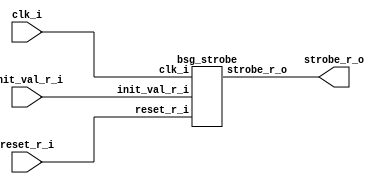


module top
(
  clk_i,
  reset_r_i,
  init_val_r_i,
  strobe_r_o
);

  input [63:0] init_val_r_i;
  input clk_i;
  input reset_r_i;
  output strobe_r_o;

  bsg_strobe
  wrapper
  (
    .init_val_r_i(init_val_r_i),
    .clk_i(clk_i),
    .reset_r_i(reset_r_i),
    .strobe_r_o(strobe_r_o)
  );


endmodule



module bsg_dff_width_p63_harden_p0_strength_p2
(
  clk_i,
  data_i,
  data_o
);

  input [62:0] data_i;
  output [62:0] data_o;
  input clk_i;
  reg [62:0] data_o;

  always @(posedge clk_i) begin
    if(1'b1) begin
      { data_o[62:0] } <= { data_i[62:0] };
    end 
  end


endmodule



module bsg_xnor_width_p64_harden_p1
(
  a_i,
  b_i,
  o
);

  input [63:0] a_i;
  input [63:0] b_i;
  output [63:0] o;
  wire [63:0] o;
  wire N0,N1,N2,N3,N4,N5,N6,N7,N8,N9,N10,N11,N12,N13,N14,N15,N16,N17,N18,N19,N20,N21,
  N22,N23,N24,N25,N26,N27,N28,N29,N30,N31,N32,N33,N34,N35,N36,N37,N38,N39,N40,N41,
  N42,N43,N44,N45,N46,N47,N48,N49,N50,N51,N52,N53,N54,N55,N56,N57,N58,N59,N60,N61,
  N62,N63;
  assign o[63] = ~N0;
  assign N0 = a_i[63] ^ b_i[63];
  assign o[62] = ~N1;
  assign N1 = a_i[62] ^ b_i[62];
  assign o[61] = ~N2;
  assign N2 = a_i[61] ^ b_i[61];
  assign o[60] = ~N3;
  assign N3 = a_i[60] ^ b_i[60];
  assign o[59] = ~N4;
  assign N4 = a_i[59] ^ b_i[59];
  assign o[58] = ~N5;
  assign N5 = a_i[58] ^ b_i[58];
  assign o[57] = ~N6;
  assign N6 = a_i[57] ^ b_i[57];
  assign o[56] = ~N7;
  assign N7 = a_i[56] ^ b_i[56];
  assign o[55] = ~N8;
  assign N8 = a_i[55] ^ b_i[55];
  assign o[54] = ~N9;
  assign N9 = a_i[54] ^ b_i[54];
  assign o[53] = ~N10;
  assign N10 = a_i[53] ^ b_i[53];
  assign o[52] = ~N11;
  assign N11 = a_i[52] ^ b_i[52];
  assign o[51] = ~N12;
  assign N12 = a_i[51] ^ b_i[51];
  assign o[50] = ~N13;
  assign N13 = a_i[50] ^ b_i[50];
  assign o[49] = ~N14;
  assign N14 = a_i[49] ^ b_i[49];
  assign o[48] = ~N15;
  assign N15 = a_i[48] ^ b_i[48];
  assign o[47] = ~N16;
  assign N16 = a_i[47] ^ b_i[47];
  assign o[46] = ~N17;
  assign N17 = a_i[46] ^ b_i[46];
  assign o[45] = ~N18;
  assign N18 = a_i[45] ^ b_i[45];
  assign o[44] = ~N19;
  assign N19 = a_i[44] ^ b_i[44];
  assign o[43] = ~N20;
  assign N20 = a_i[43] ^ b_i[43];
  assign o[42] = ~N21;
  assign N21 = a_i[42] ^ b_i[42];
  assign o[41] = ~N22;
  assign N22 = a_i[41] ^ b_i[41];
  assign o[40] = ~N23;
  assign N23 = a_i[40] ^ b_i[40];
  assign o[39] = ~N24;
  assign N24 = a_i[39] ^ b_i[39];
  assign o[38] = ~N25;
  assign N25 = a_i[38] ^ b_i[38];
  assign o[37] = ~N26;
  assign N26 = a_i[37] ^ b_i[37];
  assign o[36] = ~N27;
  assign N27 = a_i[36] ^ b_i[36];
  assign o[35] = ~N28;
  assign N28 = a_i[35] ^ b_i[35];
  assign o[34] = ~N29;
  assign N29 = a_i[34] ^ b_i[34];
  assign o[33] = ~N30;
  assign N30 = a_i[33] ^ b_i[33];
  assign o[32] = ~N31;
  assign N31 = a_i[32] ^ b_i[32];
  assign o[31] = ~N32;
  assign N32 = a_i[31] ^ b_i[31];
  assign o[30] = ~N33;
  assign N33 = a_i[30] ^ b_i[30];
  assign o[29] = ~N34;
  assign N34 = a_i[29] ^ b_i[29];
  assign o[28] = ~N35;
  assign N35 = a_i[28] ^ b_i[28];
  assign o[27] = ~N36;
  assign N36 = a_i[27] ^ b_i[27];
  assign o[26] = ~N37;
  assign N37 = a_i[26] ^ b_i[26];
  assign o[25] = ~N38;
  assign N38 = a_i[25] ^ b_i[25];
  assign o[24] = ~N39;
  assign N39 = a_i[24] ^ b_i[24];
  assign o[23] = ~N40;
  assign N40 = a_i[23] ^ b_i[23];
  assign o[22] = ~N41;
  assign N41 = a_i[22] ^ b_i[22];
  assign o[21] = ~N42;
  assign N42 = a_i[21] ^ b_i[21];
  assign o[20] = ~N43;
  assign N43 = a_i[20] ^ b_i[20];
  assign o[19] = ~N44;
  assign N44 = a_i[19] ^ b_i[19];
  assign o[18] = ~N45;
  assign N45 = a_i[18] ^ b_i[18];
  assign o[17] = ~N46;
  assign N46 = a_i[17] ^ b_i[17];
  assign o[16] = ~N47;
  assign N47 = a_i[16] ^ b_i[16];
  assign o[15] = ~N48;
  assign N48 = a_i[15] ^ b_i[15];
  assign o[14] = ~N49;
  assign N49 = a_i[14] ^ b_i[14];
  assign o[13] = ~N50;
  assign N50 = a_i[13] ^ b_i[13];
  assign o[12] = ~N51;
  assign N51 = a_i[12] ^ b_i[12];
  assign o[11] = ~N52;
  assign N52 = a_i[11] ^ b_i[11];
  assign o[10] = ~N53;
  assign N53 = a_i[10] ^ b_i[10];
  assign o[9] = ~N54;
  assign N54 = a_i[9] ^ b_i[9];
  assign o[8] = ~N55;
  assign N55 = a_i[8] ^ b_i[8];
  assign o[7] = ~N56;
  assign N56 = a_i[7] ^ b_i[7];
  assign o[6] = ~N57;
  assign N57 = a_i[6] ^ b_i[6];
  assign o[5] = ~N58;
  assign N58 = a_i[5] ^ b_i[5];
  assign o[4] = ~N59;
  assign N59 = a_i[4] ^ b_i[4];
  assign o[3] = ~N60;
  assign N60 = a_i[3] ^ b_i[3];
  assign o[2] = ~N61;
  assign N61 = a_i[2] ^ b_i[2];
  assign o[1] = ~N62;
  assign N62 = a_i[1] ^ b_i[1];
  assign o[0] = ~N63;
  assign N63 = a_i[0] ^ b_i[0];

endmodule



module bsg_muxi2_gatestack_width_p64_harden_p1
(
  i0,
  i1,
  i2,
  o
);

  input [63:0] i0;
  input [63:0] i1;
  input [63:0] i2;
  output [63:0] o;
  wire [63:0] o;
  wire N0,N1,N2,N3,N4,N5,N6,N7,N8,N9,N10,N11,N12,N13,N14,N15,N16,N17,N18,N19,N20,N21,
  N22,N23,N24,N25,N26,N27,N28,N29,N30,N31,N32,N33,N34,N35,N36,N37,N38,N39,N40,N41,
  N42,N43,N44,N45,N46,N47,N48,N49,N50,N51,N52,N53,N54,N55,N56,N57,N58,N59,N60,N61,
  N62,N63,N64,N65,N66,N67,N68,N69,N70,N71,N72,N73,N74,N75,N76,N77,N78,N79,N80,N81,
  N82,N83,N84,N85,N86,N87,N88,N89,N90,N91,N92,N93,N94,N95,N96,N97,N98,N99,N100,N101,
  N102,N103,N104,N105,N106,N107,N108,N109,N110,N111,N112,N113,N114,N115,N116,N117,
  N118,N119,N120,N121,N122,N123,N124,N125,N126,N127,N128,N129,N130,N131,N132,N133,
  N134,N135,N136,N137,N138,N139,N140,N141,N142,N143,N144,N145,N146,N147,N148,N149,
  N150,N151,N152,N153,N154,N155,N156,N157,N158,N159,N160,N161,N162,N163,N164,N165,
  N166,N167,N168,N169,N170,N171,N172,N173,N174,N175,N176,N177,N178,N179,N180,N181,
  N182,N183,N184,N185,N186,N187,N188,N189,N190,N191;
  assign N65 = (N0)? i1[0] : 
               (N64)? i0[0] : 1'b0;
  assign N0 = i2[0];
  assign N67 = (N1)? i1[1] : 
               (N66)? i0[1] : 1'b0;
  assign N1 = i2[1];
  assign N69 = (N2)? i1[2] : 
               (N68)? i0[2] : 1'b0;
  assign N2 = i2[2];
  assign N71 = (N3)? i1[3] : 
               (N70)? i0[3] : 1'b0;
  assign N3 = i2[3];
  assign N73 = (N4)? i1[4] : 
               (N72)? i0[4] : 1'b0;
  assign N4 = i2[4];
  assign N75 = (N5)? i1[5] : 
               (N74)? i0[5] : 1'b0;
  assign N5 = i2[5];
  assign N77 = (N6)? i1[6] : 
               (N76)? i0[6] : 1'b0;
  assign N6 = i2[6];
  assign N79 = (N7)? i1[7] : 
               (N78)? i0[7] : 1'b0;
  assign N7 = i2[7];
  assign N81 = (N8)? i1[8] : 
               (N80)? i0[8] : 1'b0;
  assign N8 = i2[8];
  assign N83 = (N9)? i1[9] : 
               (N82)? i0[9] : 1'b0;
  assign N9 = i2[9];
  assign N85 = (N10)? i1[10] : 
               (N84)? i0[10] : 1'b0;
  assign N10 = i2[10];
  assign N87 = (N11)? i1[11] : 
               (N86)? i0[11] : 1'b0;
  assign N11 = i2[11];
  assign N89 = (N12)? i1[12] : 
               (N88)? i0[12] : 1'b0;
  assign N12 = i2[12];
  assign N91 = (N13)? i1[13] : 
               (N90)? i0[13] : 1'b0;
  assign N13 = i2[13];
  assign N93 = (N14)? i1[14] : 
               (N92)? i0[14] : 1'b0;
  assign N14 = i2[14];
  assign N95 = (N15)? i1[15] : 
               (N94)? i0[15] : 1'b0;
  assign N15 = i2[15];
  assign N97 = (N16)? i1[16] : 
               (N96)? i0[16] : 1'b0;
  assign N16 = i2[16];
  assign N99 = (N17)? i1[17] : 
               (N98)? i0[17] : 1'b0;
  assign N17 = i2[17];
  assign N101 = (N18)? i1[18] : 
                (N100)? i0[18] : 1'b0;
  assign N18 = i2[18];
  assign N103 = (N19)? i1[19] : 
                (N102)? i0[19] : 1'b0;
  assign N19 = i2[19];
  assign N105 = (N20)? i1[20] : 
                (N104)? i0[20] : 1'b0;
  assign N20 = i2[20];
  assign N107 = (N21)? i1[21] : 
                (N106)? i0[21] : 1'b0;
  assign N21 = i2[21];
  assign N109 = (N22)? i1[22] : 
                (N108)? i0[22] : 1'b0;
  assign N22 = i2[22];
  assign N111 = (N23)? i1[23] : 
                (N110)? i0[23] : 1'b0;
  assign N23 = i2[23];
  assign N113 = (N24)? i1[24] : 
                (N112)? i0[24] : 1'b0;
  assign N24 = i2[24];
  assign N115 = (N25)? i1[25] : 
                (N114)? i0[25] : 1'b0;
  assign N25 = i2[25];
  assign N117 = (N26)? i1[26] : 
                (N116)? i0[26] : 1'b0;
  assign N26 = i2[26];
  assign N119 = (N27)? i1[27] : 
                (N118)? i0[27] : 1'b0;
  assign N27 = i2[27];
  assign N121 = (N28)? i1[28] : 
                (N120)? i0[28] : 1'b0;
  assign N28 = i2[28];
  assign N123 = (N29)? i1[29] : 
                (N122)? i0[29] : 1'b0;
  assign N29 = i2[29];
  assign N125 = (N30)? i1[30] : 
                (N124)? i0[30] : 1'b0;
  assign N30 = i2[30];
  assign N127 = (N31)? i1[31] : 
                (N126)? i0[31] : 1'b0;
  assign N31 = i2[31];
  assign N129 = (N32)? i1[32] : 
                (N128)? i0[32] : 1'b0;
  assign N32 = i2[32];
  assign N131 = (N33)? i1[33] : 
                (N130)? i0[33] : 1'b0;
  assign N33 = i2[33];
  assign N133 = (N34)? i1[34] : 
                (N132)? i0[34] : 1'b0;
  assign N34 = i2[34];
  assign N135 = (N35)? i1[35] : 
                (N134)? i0[35] : 1'b0;
  assign N35 = i2[35];
  assign N137 = (N36)? i1[36] : 
                (N136)? i0[36] : 1'b0;
  assign N36 = i2[36];
  assign N139 = (N37)? i1[37] : 
                (N138)? i0[37] : 1'b0;
  assign N37 = i2[37];
  assign N141 = (N38)? i1[38] : 
                (N140)? i0[38] : 1'b0;
  assign N38 = i2[38];
  assign N143 = (N39)? i1[39] : 
                (N142)? i0[39] : 1'b0;
  assign N39 = i2[39];
  assign N145 = (N40)? i1[40] : 
                (N144)? i0[40] : 1'b0;
  assign N40 = i2[40];
  assign N147 = (N41)? i1[41] : 
                (N146)? i0[41] : 1'b0;
  assign N41 = i2[41];
  assign N149 = (N42)? i1[42] : 
                (N148)? i0[42] : 1'b0;
  assign N42 = i2[42];
  assign N151 = (N43)? i1[43] : 
                (N150)? i0[43] : 1'b0;
  assign N43 = i2[43];
  assign N153 = (N44)? i1[44] : 
                (N152)? i0[44] : 1'b0;
  assign N44 = i2[44];
  assign N155 = (N45)? i1[45] : 
                (N154)? i0[45] : 1'b0;
  assign N45 = i2[45];
  assign N157 = (N46)? i1[46] : 
                (N156)? i0[46] : 1'b0;
  assign N46 = i2[46];
  assign N159 = (N47)? i1[47] : 
                (N158)? i0[47] : 1'b0;
  assign N47 = i2[47];
  assign N161 = (N48)? i1[48] : 
                (N160)? i0[48] : 1'b0;
  assign N48 = i2[48];
  assign N163 = (N49)? i1[49] : 
                (N162)? i0[49] : 1'b0;
  assign N49 = i2[49];
  assign N165 = (N50)? i1[50] : 
                (N164)? i0[50] : 1'b0;
  assign N50 = i2[50];
  assign N167 = (N51)? i1[51] : 
                (N166)? i0[51] : 1'b0;
  assign N51 = i2[51];
  assign N169 = (N52)? i1[52] : 
                (N168)? i0[52] : 1'b0;
  assign N52 = i2[52];
  assign N171 = (N53)? i1[53] : 
                (N170)? i0[53] : 1'b0;
  assign N53 = i2[53];
  assign N173 = (N54)? i1[54] : 
                (N172)? i0[54] : 1'b0;
  assign N54 = i2[54];
  assign N175 = (N55)? i1[55] : 
                (N174)? i0[55] : 1'b0;
  assign N55 = i2[55];
  assign N177 = (N56)? i1[56] : 
                (N176)? i0[56] : 1'b0;
  assign N56 = i2[56];
  assign N179 = (N57)? i1[57] : 
                (N178)? i0[57] : 1'b0;
  assign N57 = i2[57];
  assign N181 = (N58)? i1[58] : 
                (N180)? i0[58] : 1'b0;
  assign N58 = i2[58];
  assign N183 = (N59)? i1[59] : 
                (N182)? i0[59] : 1'b0;
  assign N59 = i2[59];
  assign N185 = (N60)? i1[60] : 
                (N184)? i0[60] : 1'b0;
  assign N60 = i2[60];
  assign N187 = (N61)? i1[61] : 
                (N186)? i0[61] : 1'b0;
  assign N61 = i2[61];
  assign N189 = (N62)? i1[62] : 
                (N188)? i0[62] : 1'b0;
  assign N62 = i2[62];
  assign N191 = (N63)? i1[63] : 
                (N190)? i0[63] : 1'b0;
  assign N63 = i2[63];
  assign N64 = ~i2[0];
  assign o[0] = ~N65;
  assign N66 = ~i2[1];
  assign o[1] = ~N67;
  assign N68 = ~i2[2];
  assign o[2] = ~N69;
  assign N70 = ~i2[3];
  assign o[3] = ~N71;
  assign N72 = ~i2[4];
  assign o[4] = ~N73;
  assign N74 = ~i2[5];
  assign o[5] = ~N75;
  assign N76 = ~i2[6];
  assign o[6] = ~N77;
  assign N78 = ~i2[7];
  assign o[7] = ~N79;
  assign N80 = ~i2[8];
  assign o[8] = ~N81;
  assign N82 = ~i2[9];
  assign o[9] = ~N83;
  assign N84 = ~i2[10];
  assign o[10] = ~N85;
  assign N86 = ~i2[11];
  assign o[11] = ~N87;
  assign N88 = ~i2[12];
  assign o[12] = ~N89;
  assign N90 = ~i2[13];
  assign o[13] = ~N91;
  assign N92 = ~i2[14];
  assign o[14] = ~N93;
  assign N94 = ~i2[15];
  assign o[15] = ~N95;
  assign N96 = ~i2[16];
  assign o[16] = ~N97;
  assign N98 = ~i2[17];
  assign o[17] = ~N99;
  assign N100 = ~i2[18];
  assign o[18] = ~N101;
  assign N102 = ~i2[19];
  assign o[19] = ~N103;
  assign N104 = ~i2[20];
  assign o[20] = ~N105;
  assign N106 = ~i2[21];
  assign o[21] = ~N107;
  assign N108 = ~i2[22];
  assign o[22] = ~N109;
  assign N110 = ~i2[23];
  assign o[23] = ~N111;
  assign N112 = ~i2[24];
  assign o[24] = ~N113;
  assign N114 = ~i2[25];
  assign o[25] = ~N115;
  assign N116 = ~i2[26];
  assign o[26] = ~N117;
  assign N118 = ~i2[27];
  assign o[27] = ~N119;
  assign N120 = ~i2[28];
  assign o[28] = ~N121;
  assign N122 = ~i2[29];
  assign o[29] = ~N123;
  assign N124 = ~i2[30];
  assign o[30] = ~N125;
  assign N126 = ~i2[31];
  assign o[31] = ~N127;
  assign N128 = ~i2[32];
  assign o[32] = ~N129;
  assign N130 = ~i2[33];
  assign o[33] = ~N131;
  assign N132 = ~i2[34];
  assign o[34] = ~N133;
  assign N134 = ~i2[35];
  assign o[35] = ~N135;
  assign N136 = ~i2[36];
  assign o[36] = ~N137;
  assign N138 = ~i2[37];
  assign o[37] = ~N139;
  assign N140 = ~i2[38];
  assign o[38] = ~N141;
  assign N142 = ~i2[39];
  assign o[39] = ~N143;
  assign N144 = ~i2[40];
  assign o[40] = ~N145;
  assign N146 = ~i2[41];
  assign o[41] = ~N147;
  assign N148 = ~i2[42];
  assign o[42] = ~N149;
  assign N150 = ~i2[43];
  assign o[43] = ~N151;
  assign N152 = ~i2[44];
  assign o[44] = ~N153;
  assign N154 = ~i2[45];
  assign o[45] = ~N155;
  assign N156 = ~i2[46];
  assign o[46] = ~N157;
  assign N158 = ~i2[47];
  assign o[47] = ~N159;
  assign N160 = ~i2[48];
  assign o[48] = ~N161;
  assign N162 = ~i2[49];
  assign o[49] = ~N163;
  assign N164 = ~i2[50];
  assign o[50] = ~N165;
  assign N166 = ~i2[51];
  assign o[51] = ~N167;
  assign N168 = ~i2[52];
  assign o[52] = ~N169;
  assign N170 = ~i2[53];
  assign o[53] = ~N171;
  assign N172 = ~i2[54];
  assign o[54] = ~N173;
  assign N174 = ~i2[55];
  assign o[55] = ~N175;
  assign N176 = ~i2[56];
  assign o[56] = ~N177;
  assign N178 = ~i2[57];
  assign o[57] = ~N179;
  assign N180 = ~i2[58];
  assign o[58] = ~N181;
  assign N182 = ~i2[59];
  assign o[59] = ~N183;
  assign N184 = ~i2[60];
  assign o[60] = ~N185;
  assign N186 = ~i2[61];
  assign o[61] = ~N187;
  assign N188 = ~i2[62];
  assign o[62] = ~N189;
  assign N190 = ~i2[63];
  assign o[63] = ~N191;

endmodule



module bsg_dff_width_p64_harden_p0_strength_p4
(
  clk_i,
  data_i,
  data_o
);

  input [63:0] data_i;
  output [63:0] data_o;
  input clk_i;
  reg [63:0] data_o;

  always @(posedge clk_i) begin
    if(1'b1) begin
      { data_o[63:0] } <= { data_i[63:0] };
    end 
  end


endmodule



module bsg_nand_width_p64_harden_p1
(
  a_i,
  b_i,
  o
);

  input [63:0] a_i;
  input [63:0] b_i;
  output [63:0] o;
  wire [63:0] o;
  wire N0,N1,N2,N3,N4,N5,N6,N7,N8,N9,N10,N11,N12,N13,N14,N15,N16,N17,N18,N19,N20,N21,
  N22,N23,N24,N25,N26,N27,N28,N29,N30,N31,N32,N33,N34,N35,N36,N37,N38,N39,N40,N41,
  N42,N43,N44,N45,N46,N47,N48,N49,N50,N51,N52,N53,N54,N55,N56,N57,N58,N59,N60,N61,
  N62,N63;
  assign o[63] = ~N0;
  assign N0 = a_i[63] & b_i[63];
  assign o[62] = ~N1;
  assign N1 = a_i[62] & b_i[62];
  assign o[61] = ~N2;
  assign N2 = a_i[61] & b_i[61];
  assign o[60] = ~N3;
  assign N3 = a_i[60] & b_i[60];
  assign o[59] = ~N4;
  assign N4 = a_i[59] & b_i[59];
  assign o[58] = ~N5;
  assign N5 = a_i[58] & b_i[58];
  assign o[57] = ~N6;
  assign N6 = a_i[57] & b_i[57];
  assign o[56] = ~N7;
  assign N7 = a_i[56] & b_i[56];
  assign o[55] = ~N8;
  assign N8 = a_i[55] & b_i[55];
  assign o[54] = ~N9;
  assign N9 = a_i[54] & b_i[54];
  assign o[53] = ~N10;
  assign N10 = a_i[53] & b_i[53];
  assign o[52] = ~N11;
  assign N11 = a_i[52] & b_i[52];
  assign o[51] = ~N12;
  assign N12 = a_i[51] & b_i[51];
  assign o[50] = ~N13;
  assign N13 = a_i[50] & b_i[50];
  assign o[49] = ~N14;
  assign N14 = a_i[49] & b_i[49];
  assign o[48] = ~N15;
  assign N15 = a_i[48] & b_i[48];
  assign o[47] = ~N16;
  assign N16 = a_i[47] & b_i[47];
  assign o[46] = ~N17;
  assign N17 = a_i[46] & b_i[46];
  assign o[45] = ~N18;
  assign N18 = a_i[45] & b_i[45];
  assign o[44] = ~N19;
  assign N19 = a_i[44] & b_i[44];
  assign o[43] = ~N20;
  assign N20 = a_i[43] & b_i[43];
  assign o[42] = ~N21;
  assign N21 = a_i[42] & b_i[42];
  assign o[41] = ~N22;
  assign N22 = a_i[41] & b_i[41];
  assign o[40] = ~N23;
  assign N23 = a_i[40] & b_i[40];
  assign o[39] = ~N24;
  assign N24 = a_i[39] & b_i[39];
  assign o[38] = ~N25;
  assign N25 = a_i[38] & b_i[38];
  assign o[37] = ~N26;
  assign N26 = a_i[37] & b_i[37];
  assign o[36] = ~N27;
  assign N27 = a_i[36] & b_i[36];
  assign o[35] = ~N28;
  assign N28 = a_i[35] & b_i[35];
  assign o[34] = ~N29;
  assign N29 = a_i[34] & b_i[34];
  assign o[33] = ~N30;
  assign N30 = a_i[33] & b_i[33];
  assign o[32] = ~N31;
  assign N31 = a_i[32] & b_i[32];
  assign o[31] = ~N32;
  assign N32 = a_i[31] & b_i[31];
  assign o[30] = ~N33;
  assign N33 = a_i[30] & b_i[30];
  assign o[29] = ~N34;
  assign N34 = a_i[29] & b_i[29];
  assign o[28] = ~N35;
  assign N35 = a_i[28] & b_i[28];
  assign o[27] = ~N36;
  assign N36 = a_i[27] & b_i[27];
  assign o[26] = ~N37;
  assign N37 = a_i[26] & b_i[26];
  assign o[25] = ~N38;
  assign N38 = a_i[25] & b_i[25];
  assign o[24] = ~N39;
  assign N39 = a_i[24] & b_i[24];
  assign o[23] = ~N40;
  assign N40 = a_i[23] & b_i[23];
  assign o[22] = ~N41;
  assign N41 = a_i[22] & b_i[22];
  assign o[21] = ~N42;
  assign N42 = a_i[21] & b_i[21];
  assign o[20] = ~N43;
  assign N43 = a_i[20] & b_i[20];
  assign o[19] = ~N44;
  assign N44 = a_i[19] & b_i[19];
  assign o[18] = ~N45;
  assign N45 = a_i[18] & b_i[18];
  assign o[17] = ~N46;
  assign N46 = a_i[17] & b_i[17];
  assign o[16] = ~N47;
  assign N47 = a_i[16] & b_i[16];
  assign o[15] = ~N48;
  assign N48 = a_i[15] & b_i[15];
  assign o[14] = ~N49;
  assign N49 = a_i[14] & b_i[14];
  assign o[13] = ~N50;
  assign N50 = a_i[13] & b_i[13];
  assign o[12] = ~N51;
  assign N51 = a_i[12] & b_i[12];
  assign o[11] = ~N52;
  assign N52 = a_i[11] & b_i[11];
  assign o[10] = ~N53;
  assign N53 = a_i[10] & b_i[10];
  assign o[9] = ~N54;
  assign N54 = a_i[9] & b_i[9];
  assign o[8] = ~N55;
  assign N55 = a_i[8] & b_i[8];
  assign o[7] = ~N56;
  assign N56 = a_i[7] & b_i[7];
  assign o[6] = ~N57;
  assign N57 = a_i[6] & b_i[6];
  assign o[5] = ~N58;
  assign N58 = a_i[5] & b_i[5];
  assign o[4] = ~N59;
  assign N59 = a_i[4] & b_i[4];
  assign o[3] = ~N60;
  assign N60 = a_i[3] & b_i[3];
  assign o[2] = ~N61;
  assign N61 = a_i[2] & b_i[2];
  assign o[1] = ~N62;
  assign N62 = a_i[1] & b_i[1];
  assign o[0] = ~N63;
  assign N63 = a_i[0] & b_i[0];

endmodule



module bsg_nor3_width_p63_harden_p1
(
  a_i,
  b_i,
  c_i,
  o
);

  input [62:0] a_i;
  input [62:0] b_i;
  input [62:0] c_i;
  output [62:0] o;
  wire [62:0] o;
  wire N0,N1,N2,N3,N4,N5,N6,N7,N8,N9,N10,N11,N12,N13,N14,N15,N16,N17,N18,N19,N20,N21,
  N22,N23,N24,N25,N26,N27,N28,N29,N30,N31,N32,N33,N34,N35,N36,N37,N38,N39,N40,N41,
  N42,N43,N44,N45,N46,N47,N48,N49,N50,N51,N52,N53,N54,N55,N56,N57,N58,N59,N60,N61,
  N62,N63,N64,N65,N66,N67,N68,N69,N70,N71,N72,N73,N74,N75,N76,N77,N78,N79,N80,N81,
  N82,N83,N84,N85,N86,N87,N88,N89,N90,N91,N92,N93,N94,N95,N96,N97,N98,N99,N100,N101,
  N102,N103,N104,N105,N106,N107,N108,N109,N110,N111,N112,N113,N114,N115,N116,N117,
  N118,N119,N120,N121,N122,N123,N124,N125;
  assign o[62] = ~N1;
  assign N1 = N0 | c_i[62];
  assign N0 = a_i[62] | b_i[62];
  assign o[61] = ~N3;
  assign N3 = N2 | c_i[61];
  assign N2 = a_i[61] | b_i[61];
  assign o[60] = ~N5;
  assign N5 = N4 | c_i[60];
  assign N4 = a_i[60] | b_i[60];
  assign o[59] = ~N7;
  assign N7 = N6 | c_i[59];
  assign N6 = a_i[59] | b_i[59];
  assign o[58] = ~N9;
  assign N9 = N8 | c_i[58];
  assign N8 = a_i[58] | b_i[58];
  assign o[57] = ~N11;
  assign N11 = N10 | c_i[57];
  assign N10 = a_i[57] | b_i[57];
  assign o[56] = ~N13;
  assign N13 = N12 | c_i[56];
  assign N12 = a_i[56] | b_i[56];
  assign o[55] = ~N15;
  assign N15 = N14 | c_i[55];
  assign N14 = a_i[55] | b_i[55];
  assign o[54] = ~N17;
  assign N17 = N16 | c_i[54];
  assign N16 = a_i[54] | b_i[54];
  assign o[53] = ~N19;
  assign N19 = N18 | c_i[53];
  assign N18 = a_i[53] | b_i[53];
  assign o[52] = ~N21;
  assign N21 = N20 | c_i[52];
  assign N20 = a_i[52] | b_i[52];
  assign o[51] = ~N23;
  assign N23 = N22 | c_i[51];
  assign N22 = a_i[51] | b_i[51];
  assign o[50] = ~N25;
  assign N25 = N24 | c_i[50];
  assign N24 = a_i[50] | b_i[50];
  assign o[49] = ~N27;
  assign N27 = N26 | c_i[49];
  assign N26 = a_i[49] | b_i[49];
  assign o[48] = ~N29;
  assign N29 = N28 | c_i[48];
  assign N28 = a_i[48] | b_i[48];
  assign o[47] = ~N31;
  assign N31 = N30 | c_i[47];
  assign N30 = a_i[47] | b_i[47];
  assign o[46] = ~N33;
  assign N33 = N32 | c_i[46];
  assign N32 = a_i[46] | b_i[46];
  assign o[45] = ~N35;
  assign N35 = N34 | c_i[45];
  assign N34 = a_i[45] | b_i[45];
  assign o[44] = ~N37;
  assign N37 = N36 | c_i[44];
  assign N36 = a_i[44] | b_i[44];
  assign o[43] = ~N39;
  assign N39 = N38 | c_i[43];
  assign N38 = a_i[43] | b_i[43];
  assign o[42] = ~N41;
  assign N41 = N40 | c_i[42];
  assign N40 = a_i[42] | b_i[42];
  assign o[41] = ~N43;
  assign N43 = N42 | c_i[41];
  assign N42 = a_i[41] | b_i[41];
  assign o[40] = ~N45;
  assign N45 = N44 | c_i[40];
  assign N44 = a_i[40] | b_i[40];
  assign o[39] = ~N47;
  assign N47 = N46 | c_i[39];
  assign N46 = a_i[39] | b_i[39];
  assign o[38] = ~N49;
  assign N49 = N48 | c_i[38];
  assign N48 = a_i[38] | b_i[38];
  assign o[37] = ~N51;
  assign N51 = N50 | c_i[37];
  assign N50 = a_i[37] | b_i[37];
  assign o[36] = ~N53;
  assign N53 = N52 | c_i[36];
  assign N52 = a_i[36] | b_i[36];
  assign o[35] = ~N55;
  assign N55 = N54 | c_i[35];
  assign N54 = a_i[35] | b_i[35];
  assign o[34] = ~N57;
  assign N57 = N56 | c_i[34];
  assign N56 = a_i[34] | b_i[34];
  assign o[33] = ~N59;
  assign N59 = N58 | c_i[33];
  assign N58 = a_i[33] | b_i[33];
  assign o[32] = ~N61;
  assign N61 = N60 | c_i[32];
  assign N60 = a_i[32] | b_i[32];
  assign o[31] = ~N63;
  assign N63 = N62 | c_i[31];
  assign N62 = a_i[31] | b_i[31];
  assign o[30] = ~N65;
  assign N65 = N64 | c_i[30];
  assign N64 = a_i[30] | b_i[30];
  assign o[29] = ~N67;
  assign N67 = N66 | c_i[29];
  assign N66 = a_i[29] | b_i[29];
  assign o[28] = ~N69;
  assign N69 = N68 | c_i[28];
  assign N68 = a_i[28] | b_i[28];
  assign o[27] = ~N71;
  assign N71 = N70 | c_i[27];
  assign N70 = a_i[27] | b_i[27];
  assign o[26] = ~N73;
  assign N73 = N72 | c_i[26];
  assign N72 = a_i[26] | b_i[26];
  assign o[25] = ~N75;
  assign N75 = N74 | c_i[25];
  assign N74 = a_i[25] | b_i[25];
  assign o[24] = ~N77;
  assign N77 = N76 | c_i[24];
  assign N76 = a_i[24] | b_i[24];
  assign o[23] = ~N79;
  assign N79 = N78 | c_i[23];
  assign N78 = a_i[23] | b_i[23];
  assign o[22] = ~N81;
  assign N81 = N80 | c_i[22];
  assign N80 = a_i[22] | b_i[22];
  assign o[21] = ~N83;
  assign N83 = N82 | c_i[21];
  assign N82 = a_i[21] | b_i[21];
  assign o[20] = ~N85;
  assign N85 = N84 | c_i[20];
  assign N84 = a_i[20] | b_i[20];
  assign o[19] = ~N87;
  assign N87 = N86 | c_i[19];
  assign N86 = a_i[19] | b_i[19];
  assign o[18] = ~N89;
  assign N89 = N88 | c_i[18];
  assign N88 = a_i[18] | b_i[18];
  assign o[17] = ~N91;
  assign N91 = N90 | c_i[17];
  assign N90 = a_i[17] | b_i[17];
  assign o[16] = ~N93;
  assign N93 = N92 | c_i[16];
  assign N92 = a_i[16] | b_i[16];
  assign o[15] = ~N95;
  assign N95 = N94 | c_i[15];
  assign N94 = a_i[15] | b_i[15];
  assign o[14] = ~N97;
  assign N97 = N96 | c_i[14];
  assign N96 = a_i[14] | b_i[14];
  assign o[13] = ~N99;
  assign N99 = N98 | c_i[13];
  assign N98 = a_i[13] | b_i[13];
  assign o[12] = ~N101;
  assign N101 = N100 | c_i[12];
  assign N100 = a_i[12] | b_i[12];
  assign o[11] = ~N103;
  assign N103 = N102 | c_i[11];
  assign N102 = a_i[11] | b_i[11];
  assign o[10] = ~N105;
  assign N105 = N104 | c_i[10];
  assign N104 = a_i[10] | b_i[10];
  assign o[9] = ~N107;
  assign N107 = N106 | c_i[9];
  assign N106 = a_i[9] | b_i[9];
  assign o[8] = ~N109;
  assign N109 = N108 | c_i[8];
  assign N108 = a_i[8] | b_i[8];
  assign o[7] = ~N111;
  assign N111 = N110 | c_i[7];
  assign N110 = a_i[7] | b_i[7];
  assign o[6] = ~N113;
  assign N113 = N112 | c_i[6];
  assign N112 = a_i[6] | b_i[6];
  assign o[5] = ~N115;
  assign N115 = N114 | c_i[5];
  assign N114 = a_i[5] | b_i[5];
  assign o[4] = ~N117;
  assign N117 = N116 | c_i[4];
  assign N116 = a_i[4] | b_i[4];
  assign o[3] = ~N119;
  assign N119 = N118 | c_i[3];
  assign N118 = a_i[3] | b_i[3];
  assign o[2] = ~N121;
  assign N121 = N120 | c_i[2];
  assign N120 = a_i[2] | b_i[2];
  assign o[1] = ~N123;
  assign N123 = N122 | c_i[1];
  assign N122 = a_i[1] | b_i[1];
  assign o[0] = ~N125;
  assign N125 = N124 | c_i[0];
  assign N124 = a_i[0] | b_i[0];

endmodule



module bsg_reduce_width_p64_and_p1_harden_p1
(
  i,
  o
);

  input [63:0] i;
  output o;
  wire o,N0,N1,N2,N3,N4,N5,N6,N7,N8,N9,N10,N11,N12,N13,N14,N15,N16,N17,N18,N19,N20,N21,
  N22,N23,N24,N25,N26,N27,N28,N29,N30,N31,N32,N33,N34,N35,N36,N37,N38,N39,N40,N41,
  N42,N43,N44,N45,N46,N47,N48,N49,N50,N51,N52,N53,N54,N55,N56,N57,N58,N59,N60,N61;
  assign o = N61 & i[0];
  assign N61 = N60 & i[1];
  assign N60 = N59 & i[2];
  assign N59 = N58 & i[3];
  assign N58 = N57 & i[4];
  assign N57 = N56 & i[5];
  assign N56 = N55 & i[6];
  assign N55 = N54 & i[7];
  assign N54 = N53 & i[8];
  assign N53 = N52 & i[9];
  assign N52 = N51 & i[10];
  assign N51 = N50 & i[11];
  assign N50 = N49 & i[12];
  assign N49 = N48 & i[13];
  assign N48 = N47 & i[14];
  assign N47 = N46 & i[15];
  assign N46 = N45 & i[16];
  assign N45 = N44 & i[17];
  assign N44 = N43 & i[18];
  assign N43 = N42 & i[19];
  assign N42 = N41 & i[20];
  assign N41 = N40 & i[21];
  assign N40 = N39 & i[22];
  assign N39 = N38 & i[23];
  assign N38 = N37 & i[24];
  assign N37 = N36 & i[25];
  assign N36 = N35 & i[26];
  assign N35 = N34 & i[27];
  assign N34 = N33 & i[28];
  assign N33 = N32 & i[29];
  assign N32 = N31 & i[30];
  assign N31 = N30 & i[31];
  assign N30 = N29 & i[32];
  assign N29 = N28 & i[33];
  assign N28 = N27 & i[34];
  assign N27 = N26 & i[35];
  assign N26 = N25 & i[36];
  assign N25 = N24 & i[37];
  assign N24 = N23 & i[38];
  assign N23 = N22 & i[39];
  assign N22 = N21 & i[40];
  assign N21 = N20 & i[41];
  assign N20 = N19 & i[42];
  assign N19 = N18 & i[43];
  assign N18 = N17 & i[44];
  assign N17 = N16 & i[45];
  assign N16 = N15 & i[46];
  assign N15 = N14 & i[47];
  assign N14 = N13 & i[48];
  assign N13 = N12 & i[49];
  assign N12 = N11 & i[50];
  assign N11 = N10 & i[51];
  assign N10 = N9 & i[52];
  assign N9 = N8 & i[53];
  assign N8 = N7 & i[54];
  assign N7 = N6 & i[55];
  assign N6 = N5 & i[56];
  assign N5 = N4 & i[57];
  assign N4 = N3 & i[58];
  assign N3 = N2 & i[59];
  assign N2 = N1 & i[60];
  assign N1 = N0 & i[61];
  assign N0 = i[63] & i[62];

endmodule



module bsg_buf_width_p1
(
  i,
  o
);

  input [0:0] i;
  output [0:0] o;
  wire [0:0] o;
  assign o[0] = i[0];

endmodule



module bsg_strobe
(
  clk_i,
  reset_r_i,
  init_val_r_i,
  strobe_r_o
);

  input [63:0] init_val_r_i;
  input clk_i;
  input reset_r_i;
  output strobe_r_o;
  wire strobe_n,new_val,strobe_n_buf;
  wire [62:0] C_n,C_r;
  wire [63:0] S_r,S_n,S_n_n,C_n_prereset;
  reg strobe_r_o;

  bsg_dff_width_p63_harden_p0_strength_p2
  C_reg
  (
    .clk_i(clk_i),
    .data_i(C_n),
    .data_o(C_r)
  );


  bsg_xnor_width_p64_harden_p1
  xnor_S_n
  (
    .a_i(S_r),
    .b_i({ C_r, 1'b1 }),
    .o(S_n)
  );


  bsg_muxi2_gatestack_width_p64_harden_p1
  muxi2_S_n
  (
    .i0(S_n),
    .i1(init_val_r_i),
    .i2({ new_val, new_val, new_val, new_val, new_val, new_val, new_val, new_val, new_val, new_val, new_val, new_val, new_val, new_val, new_val, new_val, new_val, new_val, new_val, new_val, new_val, new_val, new_val, new_val, new_val, new_val, new_val, new_val, new_val, new_val, new_val, new_val, new_val, new_val, new_val, new_val, new_val, new_val, new_val, new_val, new_val, new_val, new_val, new_val, new_val, new_val, new_val, new_val, new_val, new_val, new_val, new_val, new_val, new_val, new_val, new_val, new_val, new_val, new_val, new_val, new_val, new_val, new_val, new_val }),
    .o(S_n_n)
  );


  bsg_dff_width_p64_harden_p0_strength_p4
  S_reg
  (
    .clk_i(clk_i),
    .data_i(S_n_n),
    .data_o(S_r)
  );


  bsg_nand_width_p64_harden_p1
  nand_C_n
  (
    .a_i(S_r),
    .b_i({ C_r, 1'b1 }),
    .o(C_n_prereset)
  );


  bsg_nor3_width_p63_harden_p1
  nor3_C_n
  (
    .a_i({ strobe_n_buf, strobe_n_buf, strobe_n_buf, strobe_n_buf, strobe_n_buf, strobe_n_buf, strobe_n_buf, strobe_n_buf, strobe_n_buf, strobe_n_buf, strobe_n_buf, strobe_n_buf, strobe_n_buf, strobe_n_buf, strobe_n_buf, strobe_n_buf, strobe_n_buf, strobe_n_buf, strobe_n_buf, strobe_n_buf, strobe_n_buf, strobe_n_buf, strobe_n_buf, strobe_n_buf, strobe_n_buf, strobe_n_buf, strobe_n_buf, strobe_n_buf, strobe_n_buf, strobe_n_buf, strobe_n_buf, strobe_n_buf, strobe_n_buf, strobe_n_buf, strobe_n_buf, strobe_n_buf, strobe_n_buf, strobe_n_buf, strobe_n_buf, strobe_n_buf, strobe_n_buf, strobe_n_buf, strobe_n_buf, strobe_n_buf, strobe_n_buf, strobe_n_buf, strobe_n_buf, strobe_n_buf, strobe_n_buf, strobe_n_buf, strobe_n_buf, strobe_n_buf, strobe_n_buf, strobe_n_buf, strobe_n_buf, strobe_n_buf, strobe_n_buf, strobe_n_buf, strobe_n_buf, strobe_n_buf, strobe_n_buf, strobe_n_buf, strobe_n_buf }),
    .b_i(C_n_prereset[62:0]),
    .c_i({ reset_r_i, reset_r_i, reset_r_i, reset_r_i, reset_r_i, reset_r_i, reset_r_i, reset_r_i, reset_r_i, reset_r_i, reset_r_i, reset_r_i, reset_r_i, reset_r_i, reset_r_i, reset_r_i, reset_r_i, reset_r_i, reset_r_i, reset_r_i, reset_r_i, reset_r_i, reset_r_i, reset_r_i, reset_r_i, reset_r_i, reset_r_i, reset_r_i, reset_r_i, reset_r_i, reset_r_i, reset_r_i, reset_r_i, reset_r_i, reset_r_i, reset_r_i, reset_r_i, reset_r_i, reset_r_i, reset_r_i, reset_r_i, reset_r_i, reset_r_i, reset_r_i, reset_r_i, reset_r_i, reset_r_i, reset_r_i, reset_r_i, reset_r_i, reset_r_i, reset_r_i, reset_r_i, reset_r_i, reset_r_i, reset_r_i, reset_r_i, reset_r_i, reset_r_i, reset_r_i, reset_r_i, reset_r_i, reset_r_i }),
    .o(C_n)
  );


  bsg_reduce_width_p64_and_p1_harden_p1
  andr
  (
    .i(S_r),
    .o(strobe_n)
  );


  bsg_buf_width_p1
  strobe_buf_gate
  (
    .i(strobe_n),
    .o(strobe_n_buf)
  );

  assign new_val = reset_r_i | strobe_n;

  always @(posedge clk_i) begin
    if(1'b1) begin
      strobe_r_o <= strobe_n_buf;
    end 
  end


endmodule